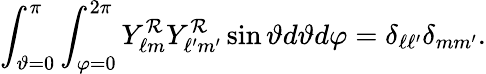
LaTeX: \int_{\vartheta=0}^{\pi}\int_{\varphi=0}^{2\pi}Y_{\ell m}^{\cal R}Y_{\ell^{\prime}m^{\prime}}^{\cal R}\sin\vartheta d\vartheta d\varphi=\delta_{\ell\ell^{\prime}}\delta_{mm^{\prime}}.